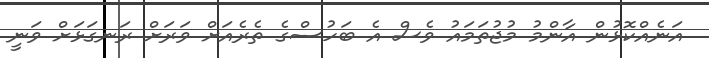
އަނެއްކޮޅުން އާންމު މުޖުތަމައު ވެސް އެ ބަހުސްގެ ތެރެއަށް ވަރަށް ރަނގަޅަށް ވަނީ